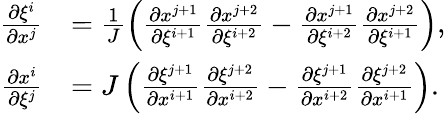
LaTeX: \begin{array}{rl}{\frac{\partial\xi^{i}}{\partial x^{j}}}&{=\frac{1}{J}\left(\frac{\partial x^{j+1}}{\partial\xi^{i+1}}\frac{\partial x^{j+2}}{\partial\xi^{i+2}}-\frac{\partial x^{j+1}}{\partial\xi^{i+2}}\frac{\partial x^{j+2}}{\partial\xi^{i+1}}\right),}\\ {\frac{\partial x^{i}}{\partial\xi^{j}}}&{=J\left(\frac{\partial\xi^{j+1}}{\partial x^{i+1}}\frac{\partial\xi^{j+2}}{\partial x^{i+2}}-\frac{\partial\xi^{j+1}}{\partial x^{i+2}}\frac{\partial\xi^{j+2}}{\partial x^{i+1}}\right).}\end{array}